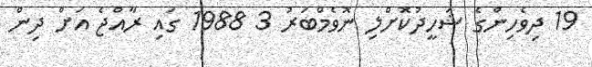
19 ދިވެހިންގެ ޝަހީދުކޮށްލި ނޮވެމްބަރު 3 1988 ގައި ރާއްޖެ އަށް ދިން